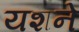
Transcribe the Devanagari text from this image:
यशने